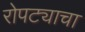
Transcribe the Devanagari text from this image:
रोपट्याचा